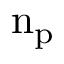
\mathrm { n _ { p } }